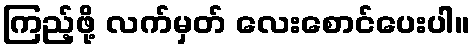
ကြည့်ဖို့ လက်မှတ် လေးစောင်ပေးပါ။